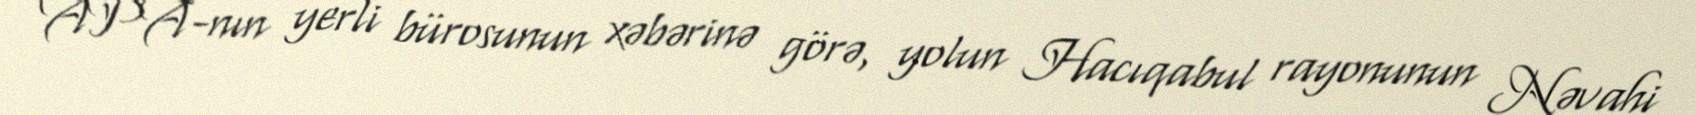
APA-nın yerli bürosunun xəbərinə görə, yolun Hacıqabul rayonunun Nəvahi